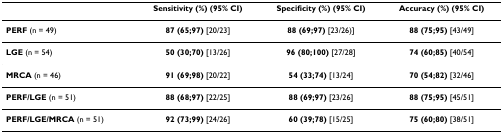
<table><thead><tr><td></td><td><b>Sensitivity (%) (95% CI)</b></td><td><b>Specificity (%) (95% CI)</b></td><td><b>Accuracy (%) (95% CI)</b></td></tr></thead><tbody><tr><td><b>PERF </b>(n = 49)</td><td><b>87 (65;97) </b>[20/23]</td><td><b>88 (69;97) </b>[23/26)]</td><td><b>88 (75;95) </b>[43/49]</td></tr><tr><td><b>LGE </b>(n = 54)</td><td><b>50 (30;70) </b>[13/26]</td><td><b>96 (80;100) </b>[27/28]</td><td><b>74 (60;85) </b>[40/54]</td></tr><tr><td><b>MRCA </b>(n = 46)</td><td><b>91 (69;98) </b>[20/22]</td><td><b>54 (33;74) </b>[13/24]</td><td><b>70 (54;82) </b>[32/46]</td></tr><tr><td><b>PERF/LGE </b>(n = 51)</td><td><b>88 (68;97) </b>[22/25]</td><td><b>88 (69;97) </b>[23/26]</td><td><b>88 (75;95) </b>[45/51]</td></tr><tr><td><b>PERF/LGE/MRCA </b>(n = 51)</td><td><b>92 (73;99) </b>[24/26]</td><td><b>60 (39;78) </b>[15/25]</td><td><b>75 (60;80) </b>[38/51]</td></tr></tbody></table>